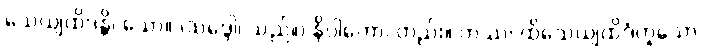
သေယျထိဒန္တိ၊ သော။ (သဒ္ဒေါ၊ သည်။) နိပါတော၊ တည်း။ တဿ၊ ထိုသေယျထိဒံဟူသော